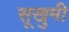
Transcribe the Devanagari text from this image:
सूखुमी